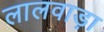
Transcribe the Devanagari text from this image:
लालवाड़ा